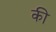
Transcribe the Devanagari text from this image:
की